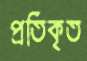
প্রতিকৃত